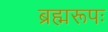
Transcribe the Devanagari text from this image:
ब्रह्मरूपः